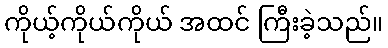
ကိုယ့်ကိုယ်ကိုယ် အထင် ကြီးခဲ့သည်။